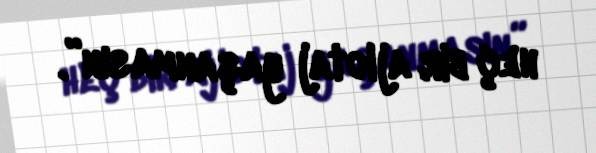
heç bir ajiotaj yaşanmasın”.